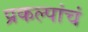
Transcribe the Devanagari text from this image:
प्रकल्पांचं